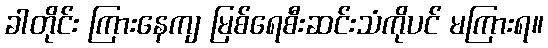
ခါတိုင်း ကြားနေကျ မြစ်ရေစီးဆင်းသံကိုပင် မကြားရ။